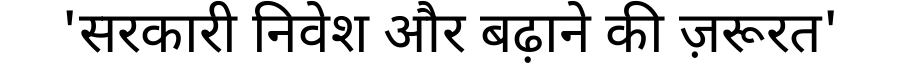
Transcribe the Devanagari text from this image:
'सरकारी निवेश और बढ़ाने की ज़रूरत'